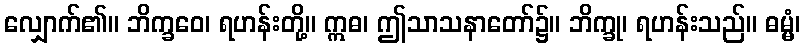
လျှောက်၏။ ဘိက္ခဝေ၊ ရဟန်းတို့။ ဣဓ၊ ဤသာသနာတော်၌။ ဘိက္ခု၊ ရဟန်းသည်။ ဓမ္မံ၊